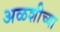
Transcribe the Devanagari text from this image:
अळशीच्या